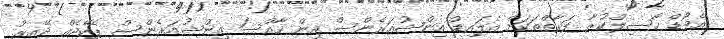
އެވޯޑް ހާސިލްކުރާ ފަރާތްތަކަށް އެލައިޑް އިންޝުއަރެންސް އިން ހާއްސަ އިންޝުއަރެންސް ޕެކޭޖެއް ދޭއިރު